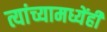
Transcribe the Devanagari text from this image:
त्यांच्यामध्येंही